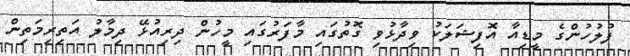
ފުލުހުންގެ މީޑިއާ އޮފިޝަލަކު ވިދާޅުވި ގޮތުގައި މާފަރުގައި މީހުން ދިރިއުޅޭ ދިމާލު އަތިރިމަތިން